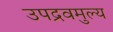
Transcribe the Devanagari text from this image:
उपद्रवमुल्य